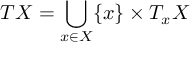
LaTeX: T X = \bigcup _ { x \in X } \{ x \} \times T _ { x } X